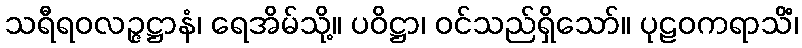
သရီရဝလဉ္ဇဋ္ဌာနံ၊ ရေအိမ်သို့။ ပဝိဋ္ဌာ၊ ဝင်သည်ရှိသော်။ ပုဠဝကရာသိံ၊